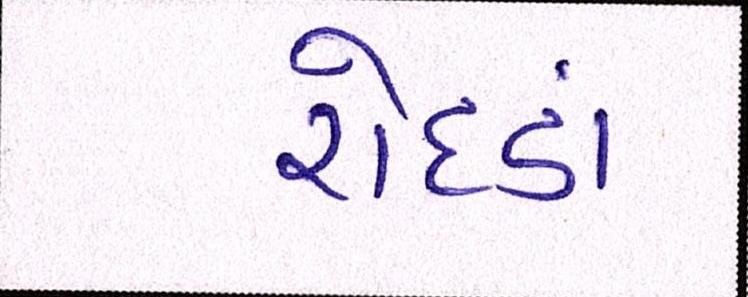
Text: રોદડાં